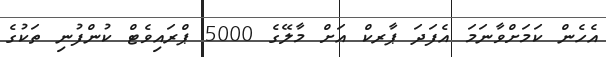
އެހެން ކަމަށްވާނަމަ އެފަދަ ޕާރކް އަށް މާލޭގެ 5000 ޕްރައިވެޓް ކުންފުނި ތަކުގެ